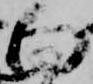
向